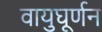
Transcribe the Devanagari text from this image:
वायुघूर्णन